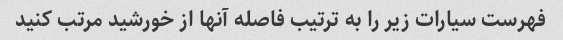
فهرست سیارات زیر را به ترتیب فاصله آنها از خورشید مرتب کنید